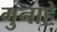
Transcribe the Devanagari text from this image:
गुनाहे